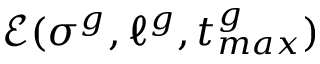
\mathcal { E } ( \sigma ^ { g } , \ell ^ { g } , t _ { m a x } ^ { g } )